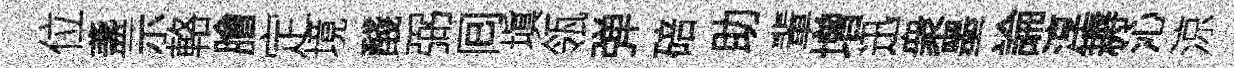
位盞示輅膾定境醆弼囘塡瓴弹碚助輩增迅衆墨論淳耨沁涼